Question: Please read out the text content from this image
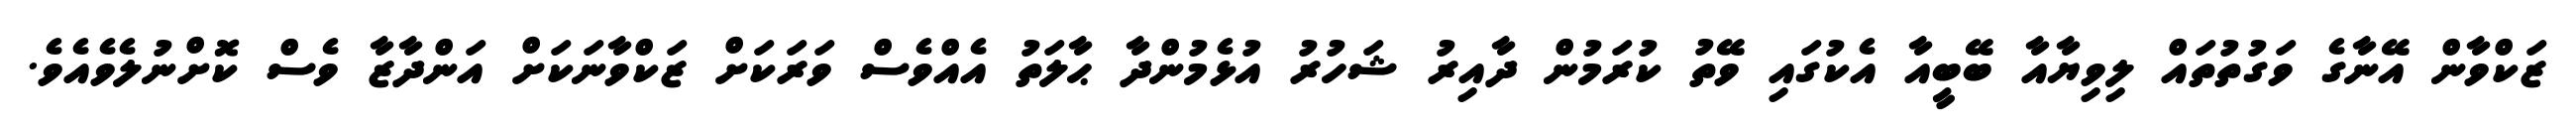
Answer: ޒަކްވާން އޭނާގެ ވަގުތުތައް ލިވިޔާއާ ބޭބީއާ އެކުގައި ވޭތު ކުރަމުން ދާއިރު ޝަހުރު އުޅެމުންދާ ޙާލަތު އެއްވެސް ވަރަކަށް ޒަކްވާނަކަށް އަންދާޒާ ވެސް ކޮށްނުލެވެއެވެ.